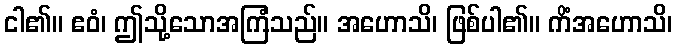
ငါ၏။ ဧဝံ၊ ဤသို့သောအကြံသည်။ အဟောသိ၊ ဖြစ်ပါ၏။ ကိံအဟောသိ၊